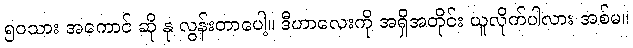
၅၀သား အကောင် ဆို နု လွန်းတာပေါ့။ ဒီဟာလေးကို အရှိအတိုင်း ယူလိုက်ပါလား အစ်မ။